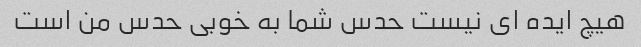
هیچ ایده ای نیست حدس شما به خوبی حدس من است